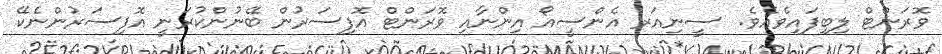
ވޮރަންޓް ލިބިފައިވެއެވެ.  ސީނިއަރ އެންސީއޯ އިންނާއި ވޮރަންޓް އޮފިސަރުން ބޭނުންކުރަނީ އޮފިސަރުންނެކޭ